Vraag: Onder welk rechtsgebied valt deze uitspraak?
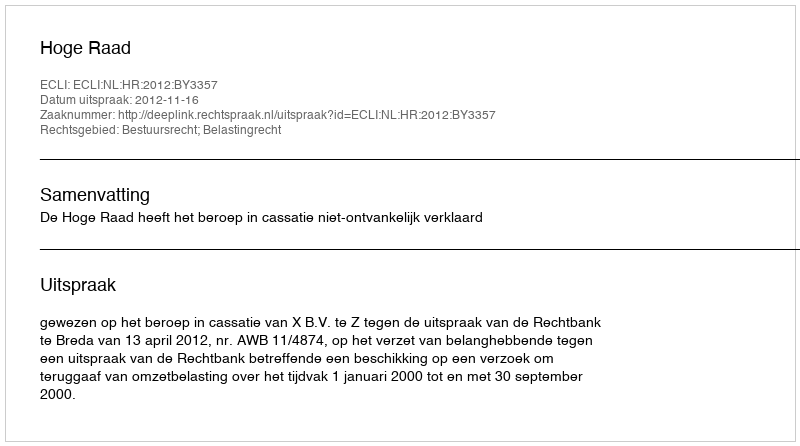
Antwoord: Bestuursrecht; Belastingrecht